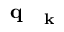
\mathrm { ~ \bf ~ q ~ } _ { \mathrm { ~ \bf ~ k ~ } }